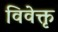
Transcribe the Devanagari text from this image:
विवेक्तृ